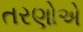
તરણોએ